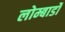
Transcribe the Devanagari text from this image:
लोम्बार्डों